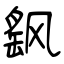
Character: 飖